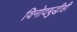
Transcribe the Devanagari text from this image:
विनोदबुद्धीही